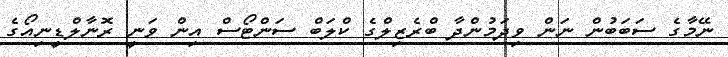
ނޭމާގެ ސަބަބުން ނަން ވިދަމުންދާ ބްރެޒިލްގެ ކްލަބް ސަންޓޯސް އިން ވަނީ ރޮނާލްޑީނިއޯގެ